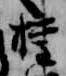
権